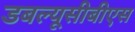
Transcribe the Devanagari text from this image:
डबल्यूसीबीएस